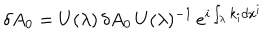
\delta A _ { 0 } = U ( \lambda ) \, \delta A _ { 0 } \, U ( \lambda ) ^ { - 1 } \, e ^ { i \int _ { \lambda } k _ { i } d x ^ { i } }